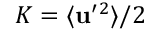
K = \langle { { \bf { u } } ^ { \prime } { } ^ { 2 } } \rangle / 2